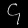
Digit: ၄